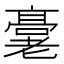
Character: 𬴖